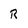
Character: R